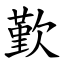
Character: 歏